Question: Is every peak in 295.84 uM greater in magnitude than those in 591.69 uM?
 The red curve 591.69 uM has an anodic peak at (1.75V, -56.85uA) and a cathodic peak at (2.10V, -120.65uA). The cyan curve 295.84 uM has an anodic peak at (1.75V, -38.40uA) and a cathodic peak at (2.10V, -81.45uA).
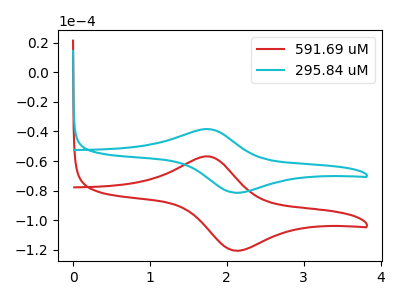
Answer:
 <answer>The peaks in "295.84 uM" are neither all higher or all lower than the peaks in "591.69 uM".</answer>
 <eval>mixed</eval>